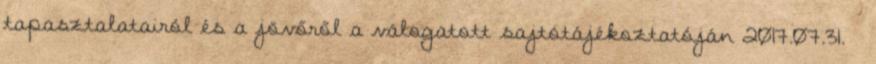
tapasztalatairól és a jövőről a válogatott sajtótájékoztatóján 2017.07.31.